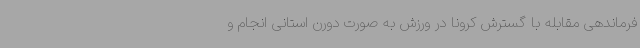
فرماندهی مقابله با گسترش کرونا در ورزش به صورت دورن استانی انجام و